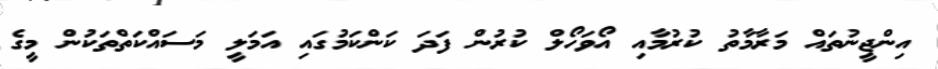
އިންޖީނުތައް މަރާމާތު ކުރުމާއި އޯވަހޯލް ކުރުން ފަދަ ކަންކަމުގައި އަމަލީ މަސައްކަތްތަކުން މީގެ